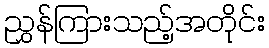
ညွှန်ကြားသည့်အတိုင်း